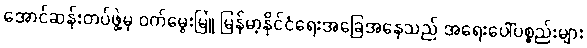
အောင်ဆန်းတပ်ဖွဲ့မှ ဝက်မွေးမြူ မြန်မာ့နိုင်ငံရေးအခြေအနေသည် အရေးပေါ်ပစ္စည်းများ